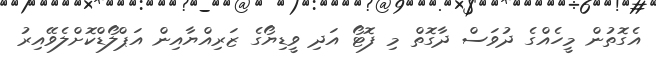
އެގޮތުން މީހެއްގެ ދުވަސް ދާގޮތް މި ފޮޓޯ އަދި ވީޑިޔޯގެ ޒަރިއްޔާއިން އަޕްލޯޑްކޮށްލެވޭއިރު